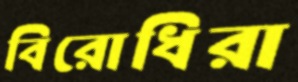
বিরোধিরা